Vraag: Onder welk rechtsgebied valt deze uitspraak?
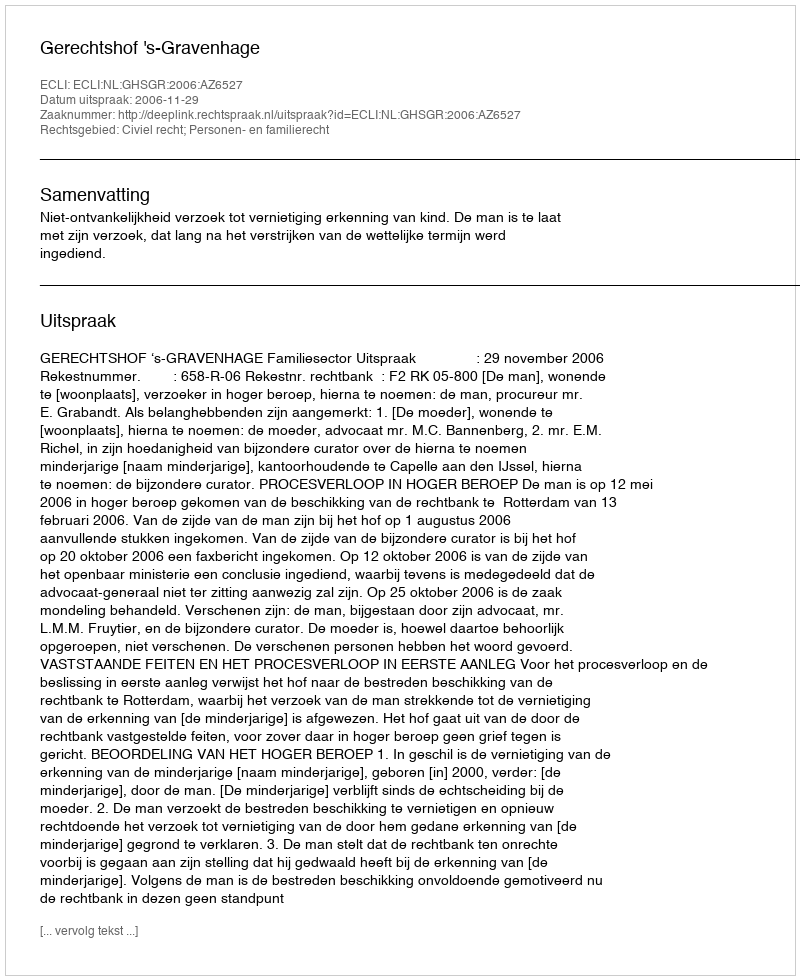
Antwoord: Civiel recht; Personen- en familierecht